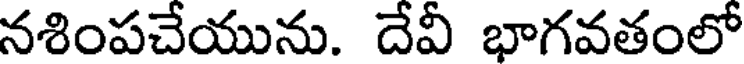
నశింపచేయును. దేవీ భాగవతంలో